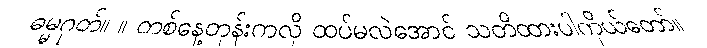
ဓမ္မဂုတ်။ ။ တစ်နေ့တုန်းကလို ထပ်မလဲအောင် သတိထားပါကိုယ်တော်။